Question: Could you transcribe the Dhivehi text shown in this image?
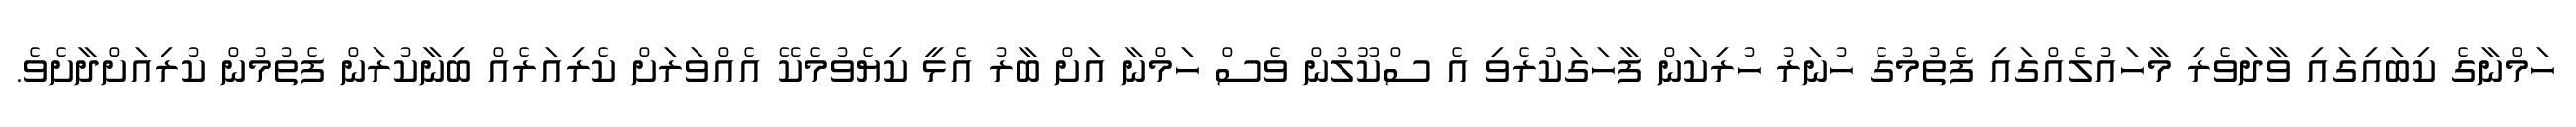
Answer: ހަމްނާގެ ކިބައިގައި ވާދަވެރި މާހައުލެއްގައި ފެތުމުގެ ހުނަރު ހުރިކަން ފާހަގަކުރެވި އެ ސްކޫލުން ވެސް ހަމްނާ އަށް ބާރު އެޅީ ކިޔެވުމެކޭ އެއްވަރަށް ކެރިއަރެއް ބިނާކުރަން ފެތުމުން ކުރިއަށްދާށެވެ.